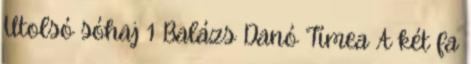
Utolsó sóhaj 1 Balázs Danó Tímea A két fa